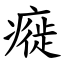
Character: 㿅